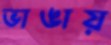
ভাঙায়